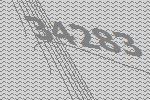
34283